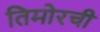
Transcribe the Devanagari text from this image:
तिमोरची